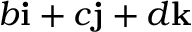
b \mathbf { i } + c \mathbf { j } + d \mathbf { k }